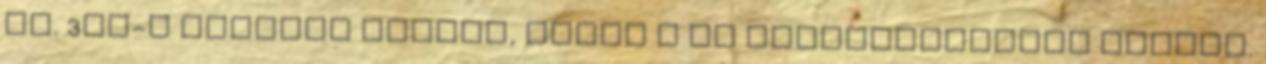
Kb. 3km-t mentünk lefelé, mikor a és találkozásához értünk.